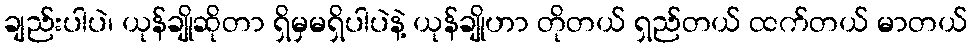
ချည်းပါပဲ၊ ယုန်ချိုဆိုတာ ရှိမှမရှိပါပဲနဲ့ ယုန်ချိုဟာ တိုတယ် ရှည်တယ် ထက်တယ် မာတယ်